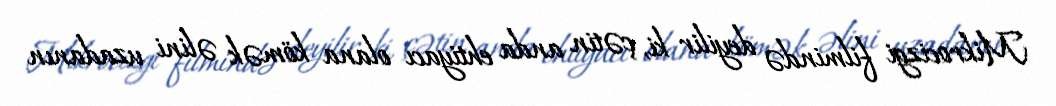
Mikrocizgi filmində deyilir ki, çətin anda ehtiyacı olana kömək əlini uzadanın